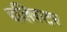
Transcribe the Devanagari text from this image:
बलिस्टर